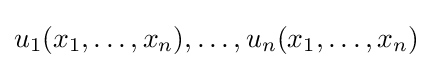
u_{1}(x_{1},\dots ,x_{n}),\dots ,u_{n}(x_{1},\dots ,x_{n})